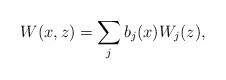
LaTeX: \begin{align*}W(x,z)= \sum_j b_j(x) W_j(z),\end{align*}